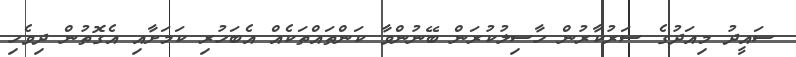
ސައީދު މިއަދުގެ ސަރުކާރުން ހާސިލުކުރަން ބޭނުންވާ ކަންތައްތަކެއް އެބަހުރި ކަމަށާއި އެގޮތުން ދިވެހި